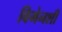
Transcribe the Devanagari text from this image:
विमेनशी